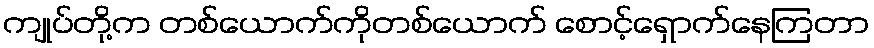
ကျုပ်တို့က တစ်ယောက်ကိုတစ်ယောက် စောင့်ရှောက်နေကြတာ